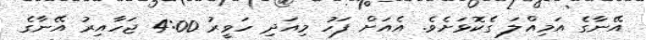
އޭނާގެ އަމިއްލަ ގެކޮޅަށެވެ. އެއަށް ފަހު މިއަދި ހަވީރު 4:00 ޖަހާއިރު އޭނާގެ